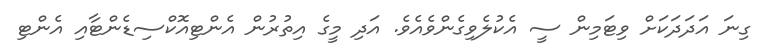
ގިނަ އަދަދަކަށް ވިޓަމިން ސީ އެކުލެވިގެންވެއެވެ. އަދި މީގެ އިތުރުން އެންޓިއޮކްސިޑެންޓާއި އެންޓި